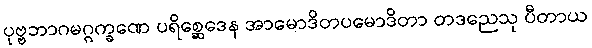
ပုဗ္ဗဘာဂမဂ္ဂက္ခဏေ ပရိစ္ဆေဒေန အာမောဒိတပမောဒိတာ တဒညေသု ပီတာယ